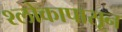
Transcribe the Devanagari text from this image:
श्लोकापासून